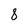
Character: 8